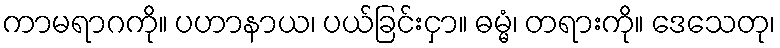
ကာမရာဂကို။ ပဟာနာယ၊ ပယ်ခြင်းငှာ။ ဓမ္မံ၊ တရားကို။ ဒေသေတု၊